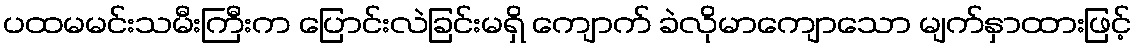
ပထမမင်းသမီးကြီးက ပြောင်းလဲခြင်းမရှိ ကျောက် ခဲလိုမာကျောသော မျက်နှာထားဖြင့်